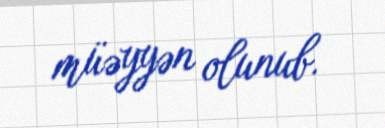
müəyyən olunub.